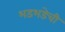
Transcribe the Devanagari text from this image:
भडभडेची